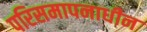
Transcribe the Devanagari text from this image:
परिसमापनाधीन